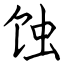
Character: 蚀